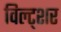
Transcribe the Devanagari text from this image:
विल्ट्शर